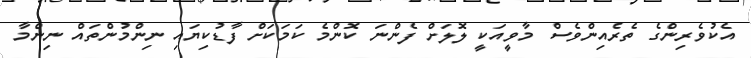
އެކުވެރިންގެ ތެރެއިންވެސް މާވީއަކީ ލޮލަށް ފެންނަ ކޮންމެ ކަމަކަށް ފާޑުކިޔައި ނިންމުންތައް ނިންމާ